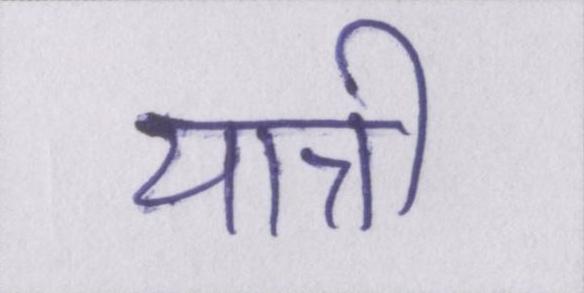
यात्री